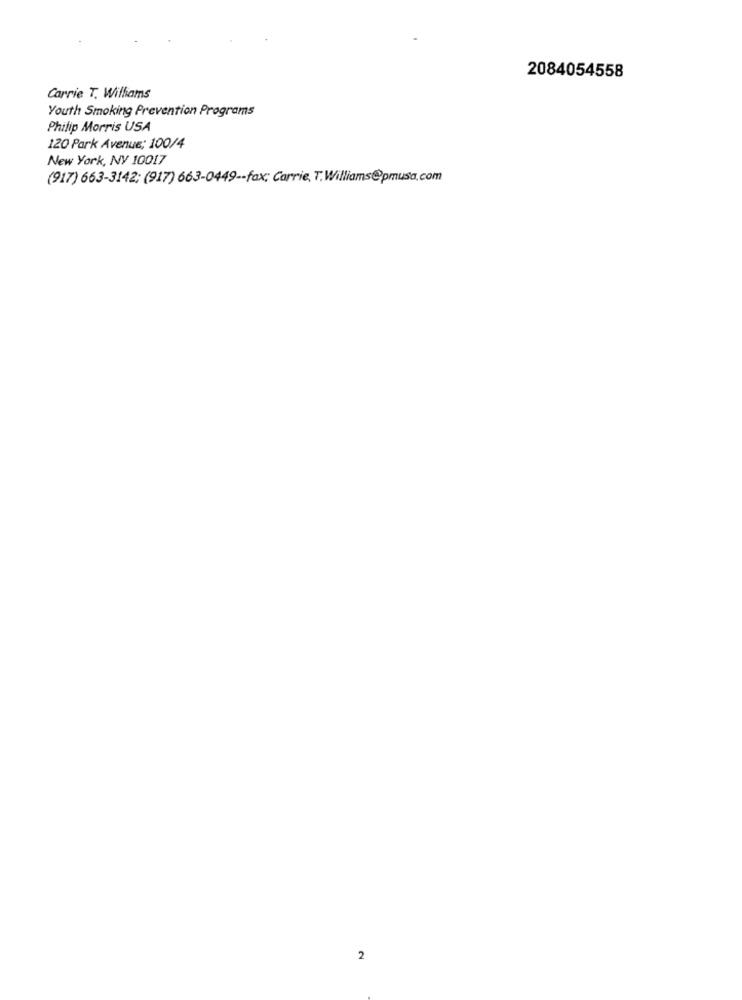
2084054558
Carrie T. Williams
Youth Smoking Prevention Programs
Philip Morris USA
120 Park Avenue: 100/4
New York, NY 10017
(917) 663-3142; (917) 663-0449 -- fax: Carrie, T.Williams@pmusa.com
2